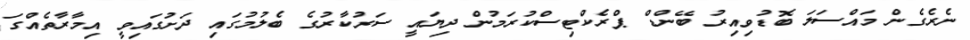
ނެރެގެން މައްސަލަ ބޮޑުވިއިރު ބޭންޑް ޕްރެކްޓިސްކުރަމުން ދިޔައީ ސަރުކާރުގެ ބެލުމުގައި ދަށުގައިވީ އިމާރާތެއްގަ